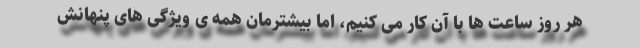
هر روز ساعت ها با آن کار می کنیم، اما بیشترمان همه ی ویژگی های پنهانش